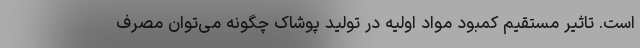
است. تاثیر مستقیم کمبود مواد اولیه در تولید پوشاک چگونه می‌توان مصرف